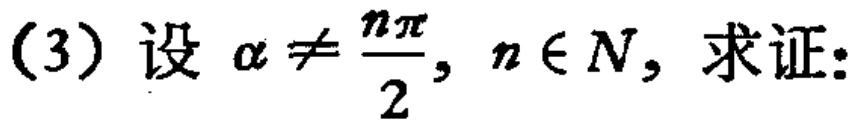
(3) 设 \(\alpha\neq\frac{n\pi}{2},n\in N\)，求证: